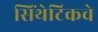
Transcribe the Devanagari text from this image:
सिंथेटिकचे